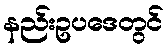
နည်းဥပဒေတွင်